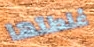
غلطتها